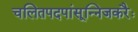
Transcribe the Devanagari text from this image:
चलितपदपांसून्निजकरैः